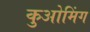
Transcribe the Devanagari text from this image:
कुओमिंग